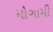
મોગામી